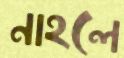
নাহলে